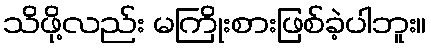
သိဖို့လည်း မကြိုးစားဖြစ်ခဲ့ပါဘူး။